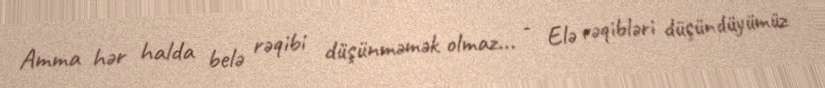
Amma hər halda belə rəqibi düşünməmək olmaz... - Elə rəqibləri düşündüyümüz